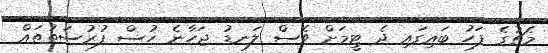
މެޗުގެ ފަހު ބައިގައި ދެ ޓީމަށް ވެސް ލަނޑު ޖަހާނެ ހުސް ފުރުސަތުތައް